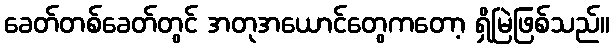
ခေတ်တစ်ခေတ်တွင် အတုအယောင်တွေကတော့ ရှိမြဲဖြစ်သည်။